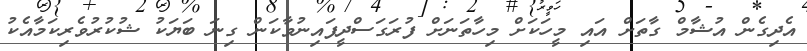
އެދިގެން އުޝާމް ގާތަށް އައި މީހަކަށް މިހާތަނަށް ފުރަގަސްދީފައިނުވާކަން ގިނަ ބަޔަކު ޝުކުރުވެރިކަމާއެކު